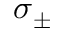
\sigma _ { \pm }